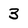
Character: 3